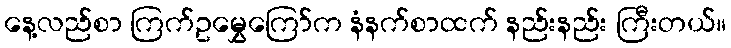
နေ့လည်စာ ကြက်ဥမွှေကြော်က နံနက်စာထက် နည်းနည်း ကြီးတယ်။